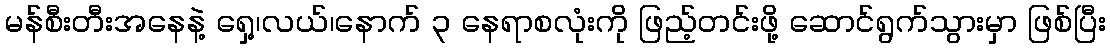
မန်စီးတီးအနေနဲ့ ရှေ့၊လယ်၊နောက် ၃ နေရာစလုံးကို ဖြည့်တင်းဖို့ ဆောင်ရွက်သွားမှာ ဖြစ်ပြီး